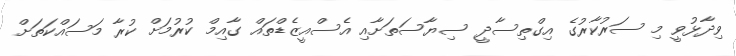
ވިދާޅުވީ މި ސަރުކާރުގެ އިގްތިސާދީ ސިޔާސަތަށާއި އެސްއީޒެޑްތައް ގާއިމް ކުރުމަށް ކުރާ މަސައްކަތަށް